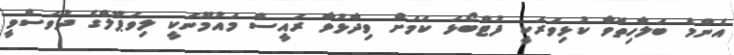
އެންމެ ބަލާހިތްވާ ކުޅިވަރަކީ ފުޓްބޯޅަ ކަމަށް ވިދާޅުވާ ރައީސް މައުމޫނަކީ ލިވަޕޫލްގެ ދުވަސްވީ